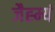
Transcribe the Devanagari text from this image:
जैह्म्यं